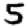
Digit: 5